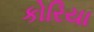
કોરિયા